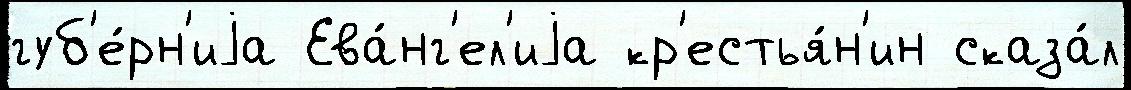
губ'е́рн'иjа Ева́нг'ел'иjа кр'естья́н'ин сказа́л